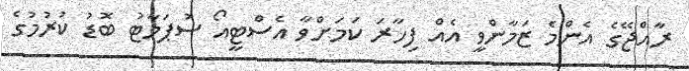
ރާއްޖޭގެ އެންމެ ޒަމާންވީ އެއް ފިހާރަ ކަމަށްވާ އެސްޓީއޯ ސުޕަމާޓު ބޮޑު ކުރުމުގެ